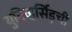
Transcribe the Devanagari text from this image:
युनिव्हर्सिड़ची